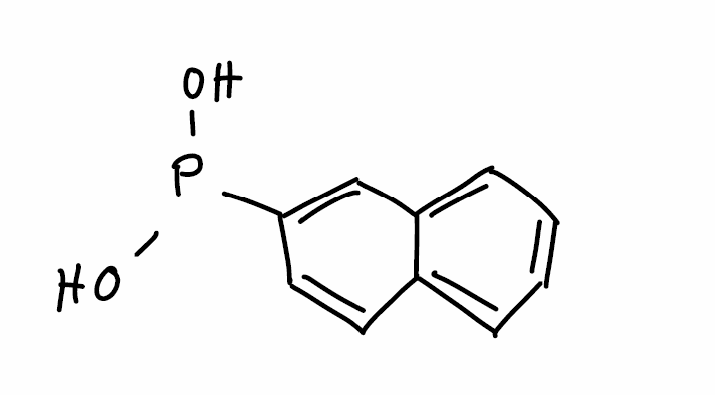
Simplified molecular-input line-entry system (SMILES) notation of the given molecule:
C1=CC=C2C=C(C=CC2=C1)P(O)O